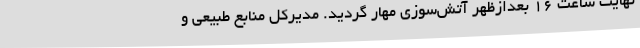
نهایت ساعت 16 بعدازظهر آتش‌سوزی مهار گردید. مدیرکل منابع طبیعی و